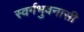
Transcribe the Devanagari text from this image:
स्वर्गभुवनासी